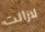
لازالت